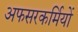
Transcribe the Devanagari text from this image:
अफसरकर्मियों